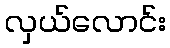
လှယ်လောင်း